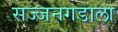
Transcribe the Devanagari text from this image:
सज्जनगडाला